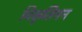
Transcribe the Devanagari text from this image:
विकृतिमन